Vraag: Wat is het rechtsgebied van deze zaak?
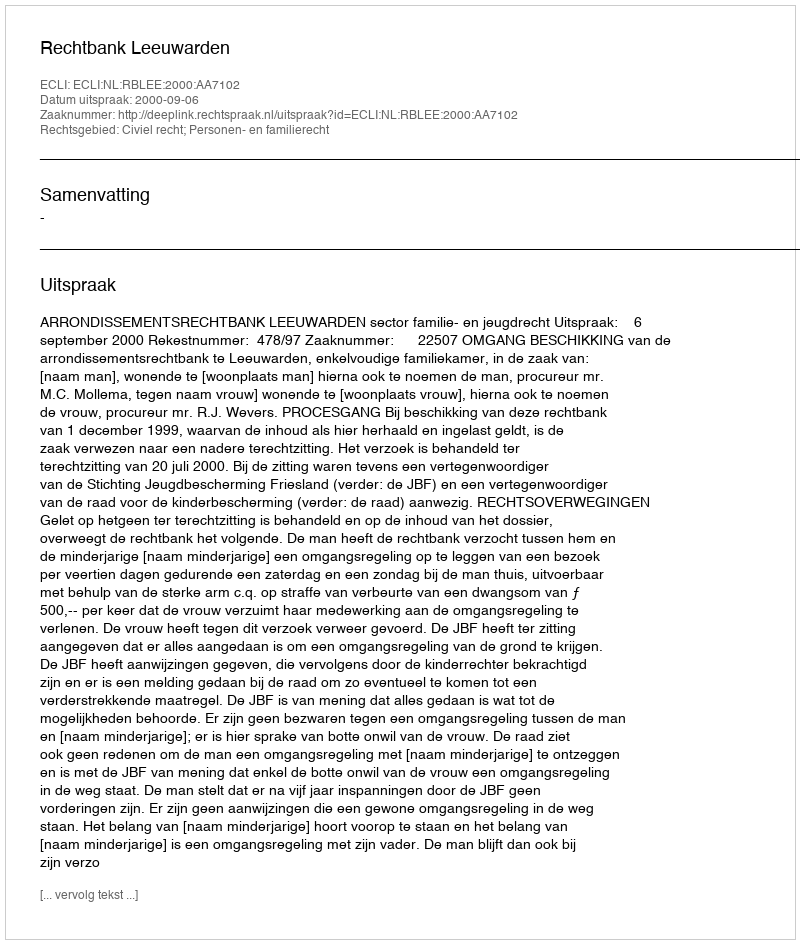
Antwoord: Civiel recht; Personen- en familierecht